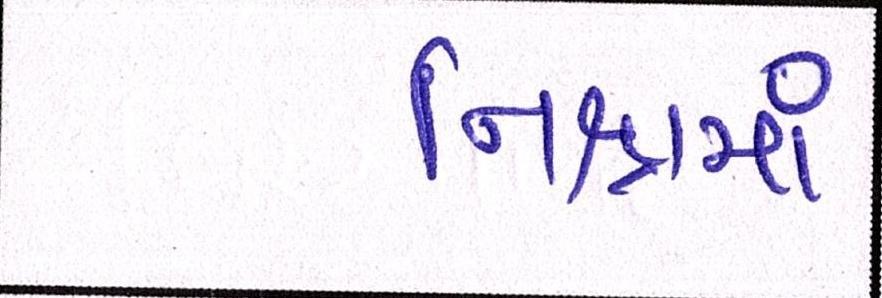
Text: નિશ્રામાં